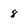
Character: 8